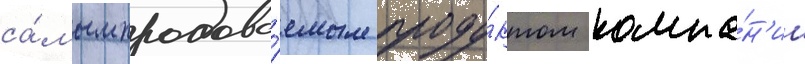
са́мым продава́емым проду́ктом компа́н'ии